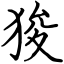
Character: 狻